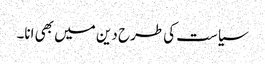
سیاست کی طرح دین میں بھی انا۔